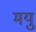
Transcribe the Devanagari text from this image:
मयु